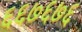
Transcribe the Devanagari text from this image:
६६७६७६